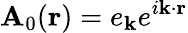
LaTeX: \mathbf{A}_{0}(\mathbf{r})=e_{\mathbf{k}}e^{i\mathbf{k}\cdot\mathbf{r}}